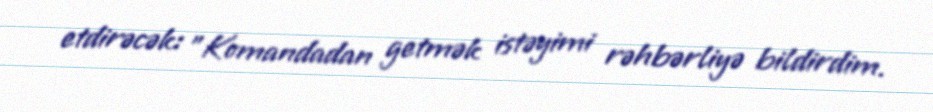
etdirəcək: "Komandadan getmək istəyimi rəhbərliyə bildirdim.